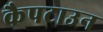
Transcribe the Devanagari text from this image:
कैपटाउन